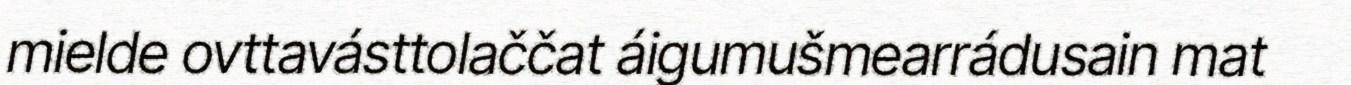
mielde ovttavásttolaččat áigumušmearrádusain mat